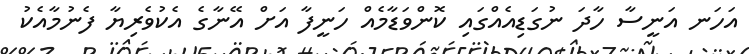
އަހަނ އަނީސާ ހާދަ ނުގަޑިއެއްގައި ކޮންވަޑާމެއް ހަނީފާ އަށް އޭނާގެ އެކުވެރިޔާ ފެނުމާއެކު